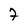
Character: 7